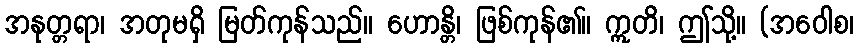
အနုတ္တရာ၊ အတုမရှိ မြတ်ကုန်သည်။ ဟောန္တိ၊ ဖြစ်ကုန်၏။ ဣတိ၊ ဤသို့။ (အဝေါစ၊